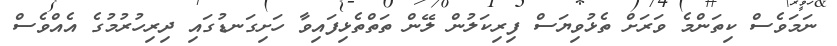
ނަމަވެސް ކިތަންމެ ވަރަށް ތެޅުވިޔަސް ފިރިކަލުން ލޭން ތަތްތެޅިފައިވާ ހަށިގަނޑުގައި ދިރިހުރުމުގެ އެއްވެސް